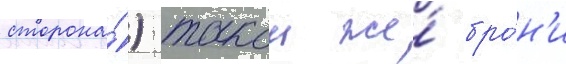
сторона́) такои же́ бро́н'и